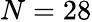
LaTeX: N=28